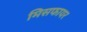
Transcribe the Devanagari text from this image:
मिसफायर